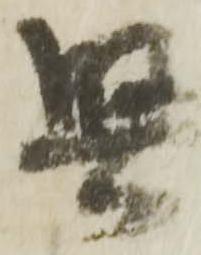
堅